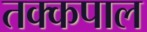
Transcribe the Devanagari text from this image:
तक्कपाल